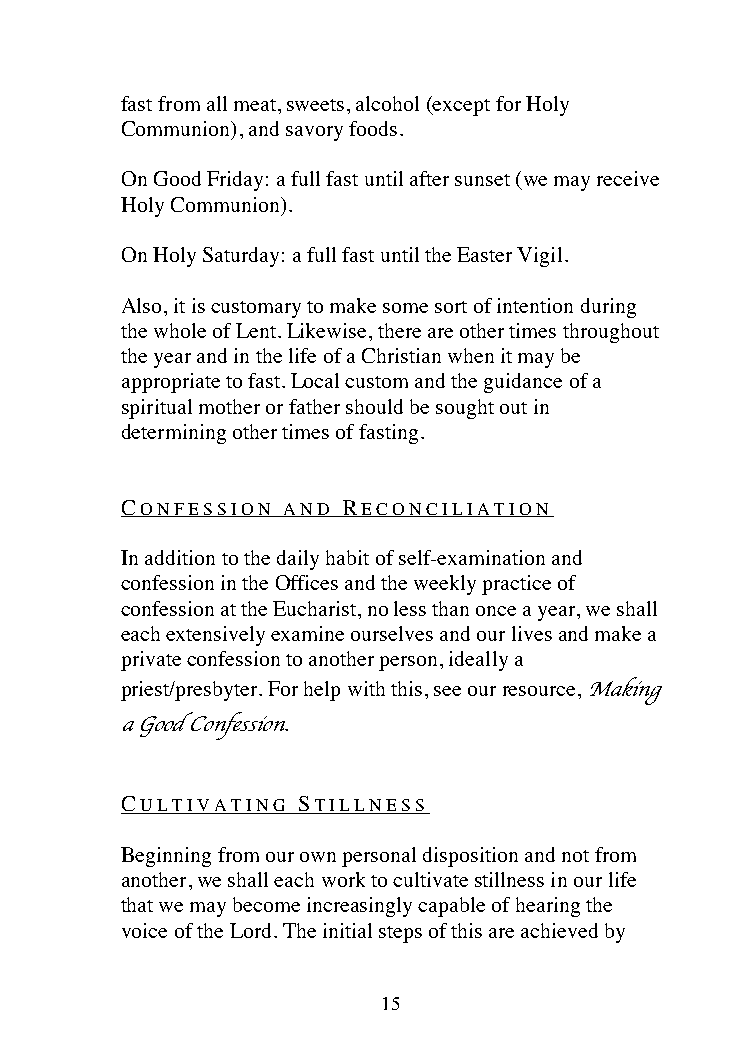
fast from all meat, sweets, alcohol (except for Holy
 Communion), and savory foods.
 On Good Friday: a full fast until after sunset (we may receive
 Holy Communion).
 On Holy Saturday: a full fast until the Easter Vigil.
 Also, it is customary to make some sort of intention during
 the whole of Lent. Likewise, there are other times throughout
 the year and in the life of a Christian when it may be
 appropriate to fast. Local custom and the guidance of a
 spiritual mother or father should be sought out in
 determining other times of fasting.
 CONFESSION AND RECONCILIATION
 In addition to the daily habit of self-examination and
 confession in the Offices and the weekly practice of
 confession at the Eucharist, no less than once a year, we shall
 each extensively examine ourselves and our lives and make a
 private confession to another person, ideally a
 priest/presbyter. For help with this, see our resource, Making
 a Good Confession.
 CULTIVATING STILLNESS
 Beginning from our own personal disposition and not from
 another, we shall each work to cultivate stillness in our life
 that we may become increasingly capable of hearing the
 voice of the Lord. The initial steps of this are achieved by
 15